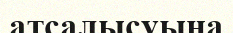
атсалысуына